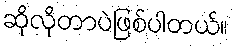
ဆိုလိုတာပဲဖြစ်ပါတယ်။